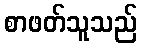
စာဖတ်သူသည်